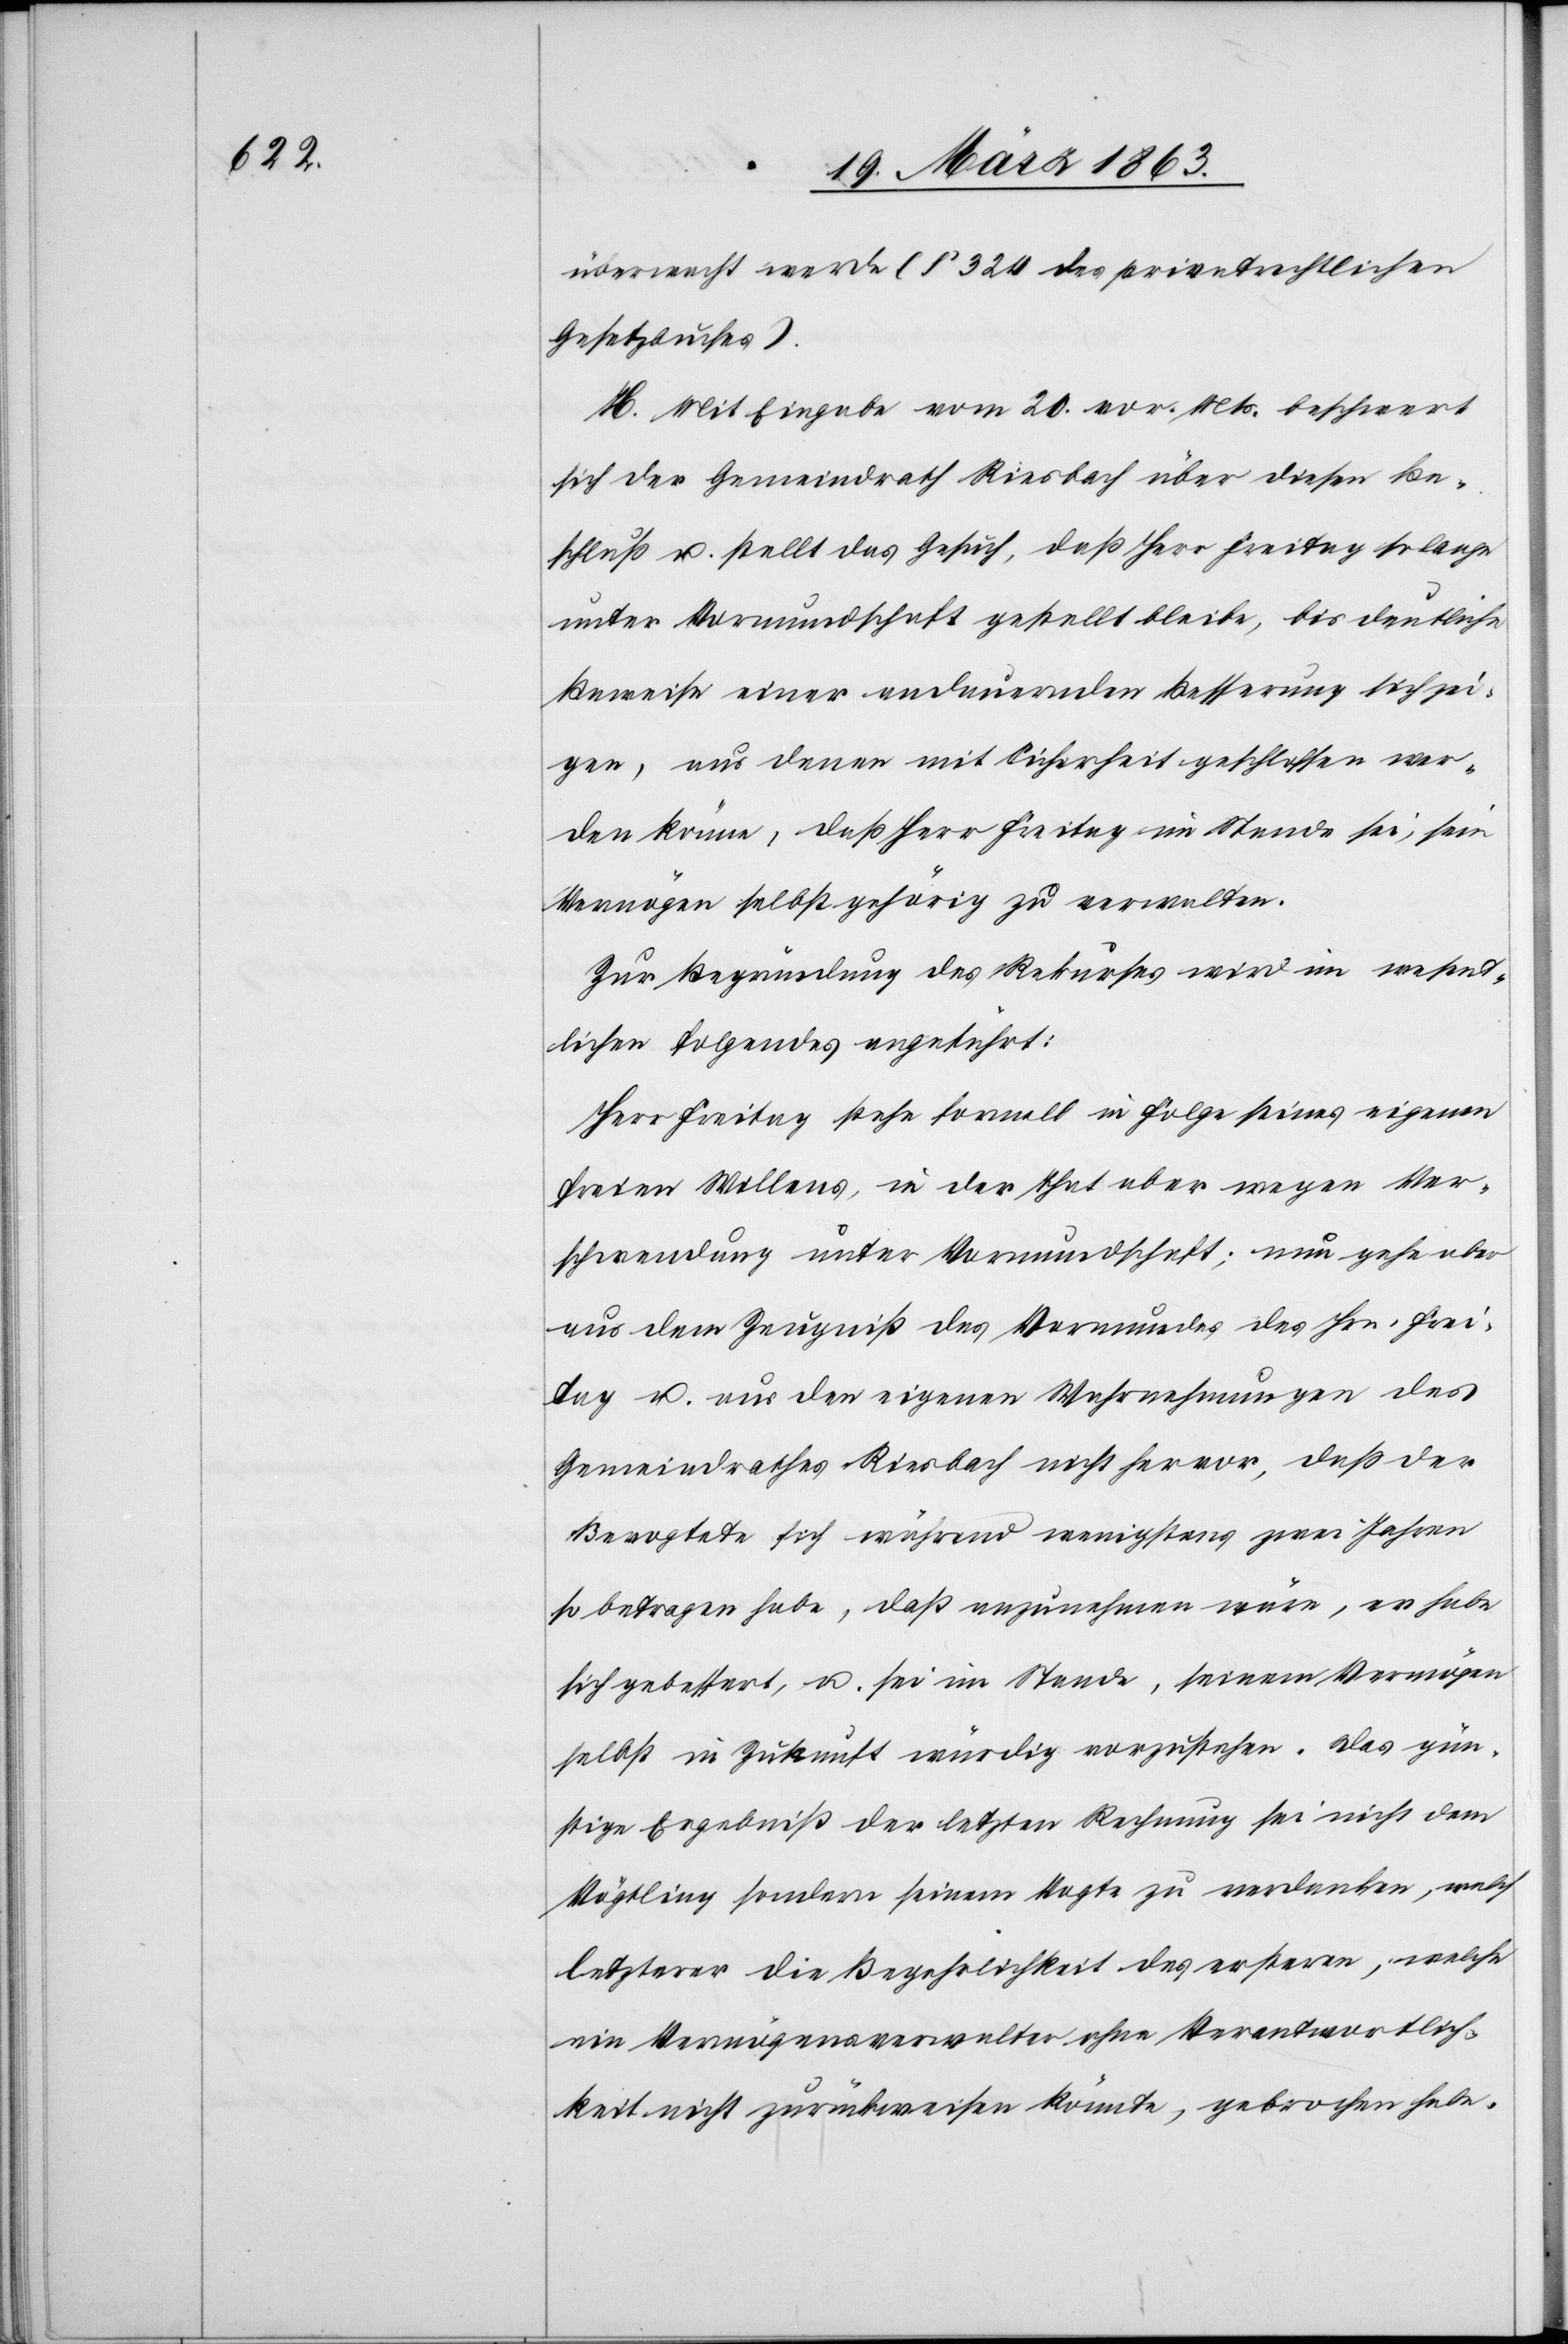
überwacht werde (§ 324 des privatrechtlichen
Gesetzbuches).
H. Mit Eingabe vom 20. vor. Mts. beschwert
sich der Gemeindrath Riesbach über diesen Be¬
schluß u. stellt das Gesuch, daß Herr Freitag solange
unter Vormundschaft gestellt bleibe, bis deutliche
Beweise einer andauernden Besserung sich zei¬
gen, aus denen mit Sicherheit geschlossen wer¬
den könne, daß Herr Freitag im Stande sei, sein
Vermögen selbst gehörig zu verwalten.
Zur Begründung des Rekurses wird im wesent¬
lichen folgendes angeführt:
Herr Freitag stehe formell in Folge seines eigenen
freien Willens, in der That aber wegen Ver¬
schwendung unter Vormundschaft; nun gehe aber
aus dem Zeugniß des Vormundes des Hrn. Frei¬
tag u. aus den eigenen Wahrnehmungen des
Gemeindrathes Riesbach nicht hervor, daß der
Bevogtete sich während wenigstens zwei Jahren
so betragen habe, daß anzunehmen wäre, er habe
sich gebessert, u. sei im Stande, seinem Vermögen
selbst in Zukunft würdig vorzustehen. Das gün¬
stige Ergebniß der letzten Rechnung sei nicht dem
Vögtling sondern seinem Vogte zu verdanken, welch
letzterer die Begehrlichkeit des ersteren, welche
ein Vermögensverwalter ohne Verantwortlich¬
keit nicht zurückweisen könnte, gebrochen habe.